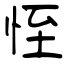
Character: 恎